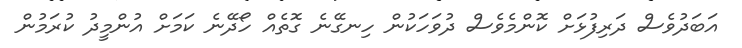
އަބަދުވެސް ދަރިފުޅަށް ކޮންމެވެސް ދުވަހަކުން ހިނގޭނެ ގޮތެއް ހޯދޭނެ ކަމަށް އުންމީދު ކުރަމުން